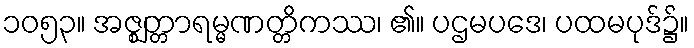
၁၀၅၃။ အဇ္ဈတ္တာရမ္မဏတ္တိကဿ၊ ၏။ ပဌမပဒေ၊ ပထမပုဒ်၌။